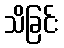
သိခြင်း